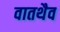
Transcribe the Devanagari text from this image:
वातथैव